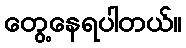
တွေ့နေရပါတယ်။